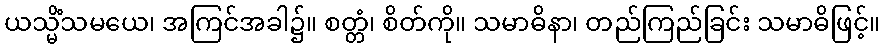
ယသ္မိံသမယေ၊ အကြင်အခါ၌။ စတ္တံ၊ စိတ်ကို။ သမာဓိနာ၊ တည်ကြည်ခြင်း သမာဓိဖြင့်။